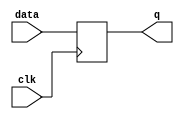
module edge_triggered_latch(
    input data,
    input clk,
    output reg q
);

always @(posedge clk) begin
    q <= data;
end

endmodule